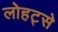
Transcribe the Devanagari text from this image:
लोहट्से